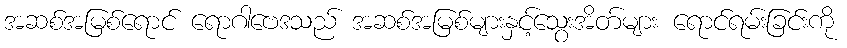
အဆစ်အမြစ်ရောင် ရောဂါဗေဒသည် အဆစ်အမြစ်များနှင့်သွေးအိတ်များ ရောင်ရမ်းခြင်းကို